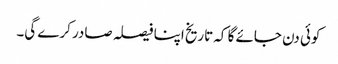
کوئی دن جائے گا کہ تاریخ اپنا فیصلہ صادر کرے گی۔